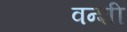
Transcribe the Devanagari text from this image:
वन्शी